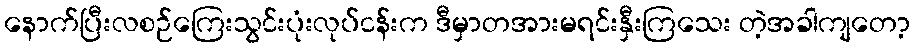
နောက်ပြီးလစဉ်ကြေးသွင်းပုံးလုပ်ငန်းက ဒီမှာတအားမရင်းနှီးကြသေး တဲ့အခါကျတော့